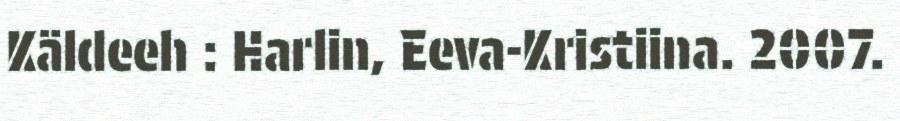
Käldeeh : Harlin, Eeva-Kristiina. 2007.